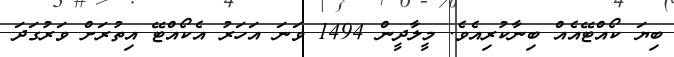
ބިޔަ ކޯއްޓޭއެއް ބިނާކުރިއެވެ. މީލާދީން 1494 ވަނަ އަހަރު އެކޯއްޓޭ އިތުރަށް ވަރުގަދަ